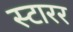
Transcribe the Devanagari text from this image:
स्टारर